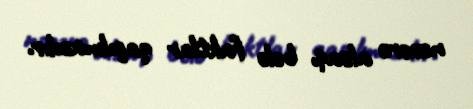
nəzərə alsaq, belə faktlar qaçılmazdır.